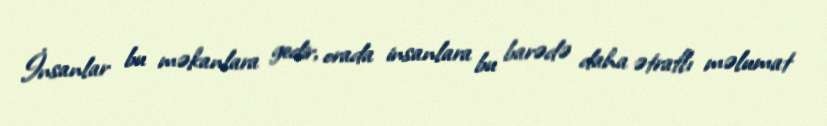
İnsanlar bu məkanlara gedir, orada insanlara bu barədə daha ətraflı məlumat